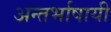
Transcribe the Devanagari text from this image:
अन्तर्भाषायी